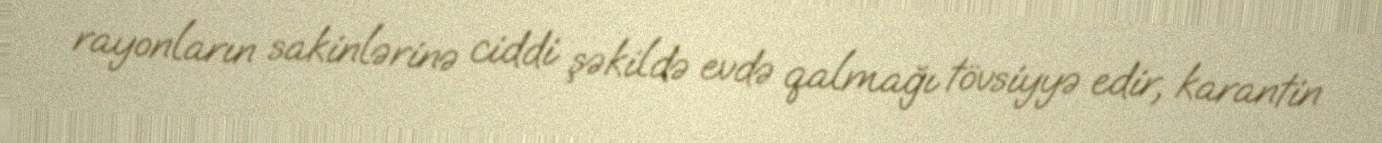
rayonların sakinlərinə ciddi şəkildə evdə qalmağı tövsiyyə edir, karantin